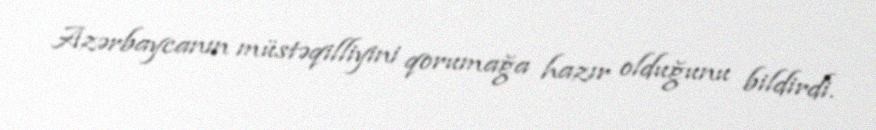
Azərbaycanın müstəqilliyini qorumağa hazır olduğunu bildirdi.